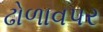
ઢોળાવપર